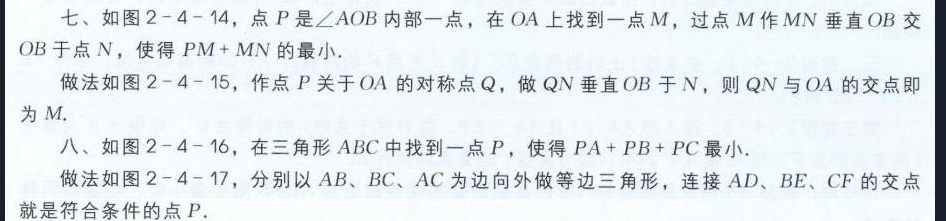
七、如图2 - 4 - 14，点\(P\)是\(\angle AOB\)内部一点，在\(OA\)上找到一点\(M\)，过点\(M\)作\(MN\)垂直\(OB\)交
\(OB\)于点\(N\)，使得\(PM + MN\)的最小.
做法如图2 - 4 - 15，作点\(P\)关于\(OA\)的对称点\(Q\)，做\(QN\)垂直\(OB\)于\(N\)，则\(QN\)与\(OA\)的交点即
为\(M\).
八、如图2 - 4 - 16，在三角形\(ABC\)中找到一点\(P\)，使得\(PA + PB + PC\)最小.
做法如图2 - 4 - 17，分别以\(AB\)、\(BC\)、\(AC\)为边向外做等边三角形，连接\(AD\)、\(BE\)、\(CF\)的交点
就是符合条件的点\(P\).